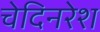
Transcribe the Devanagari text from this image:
चेदिनरेश